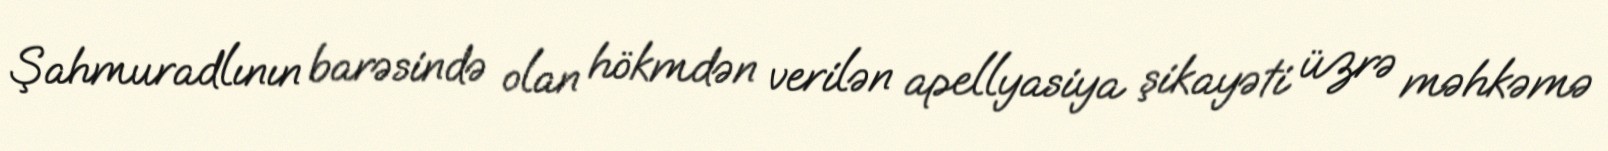
Şahmuradlının barəsində olan hökmdən verilən apellyasiya şikayəti üzrə məhkəmə